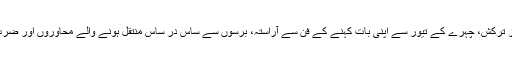
ہنگامہء امر وز و فردا کی روح رواں آزمودہ کار گر تیروں سے لبریز ترکش، چہرے کے تیور سے اپنی بات کہنے کے فن سے آراستہ، برسوں سے ساس در ساس منتقل ہونے والے محاوروں اور ضرب الامثال سے پُر حافظے کی مالک، برجستہ طنزیہ جملوں سے لیس۔